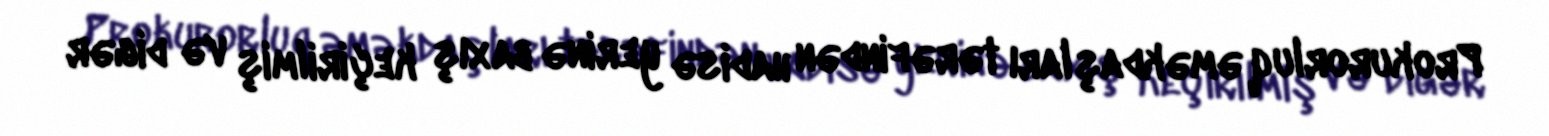
Prokurorluq əməkdaşları tərəfindən hadisə yerinə baxış keçirilmiş və digər